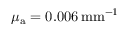
\mu _ { \mathrm { a } } = 0 . 0 0 6 \, \mathrm { { m m } ^ { - 1 } }